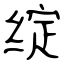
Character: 绽